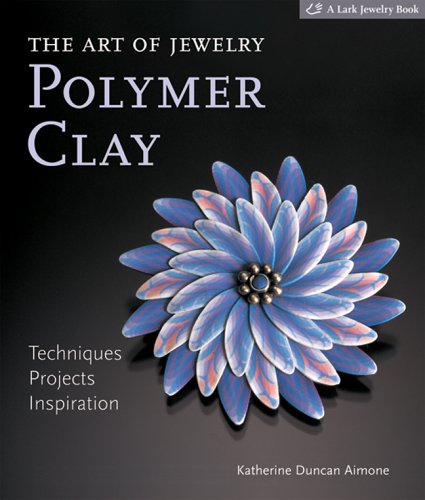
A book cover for The Art of Jewelry: Polymer Clay: Techniques, Projects, Inspiration (Lark Jewelry Books); Katherine Duncan Aimone; Crafts, Hobbies & Home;